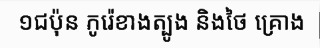
១ជប៉ុន កូរ៉េខាងត្បូង និងថៃ គ្រោង